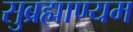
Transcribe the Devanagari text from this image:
सुब्रह्माण्यम